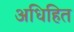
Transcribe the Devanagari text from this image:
अधिहित